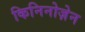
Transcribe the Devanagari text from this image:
किनिनोज़ेन